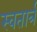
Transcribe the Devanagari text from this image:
स्वतार्त्र